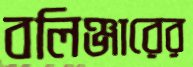
বলিঞ্জারের